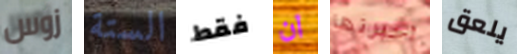
زوس الستة فقط ان أخبرتها يلعق